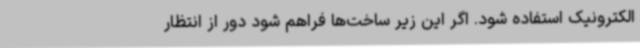
الکترونیک استفاده شود. اگر این زیر ساخت‌ها فراهم شود دور از انتظار